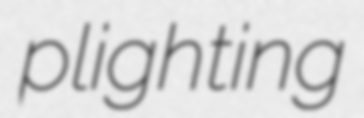
plighting